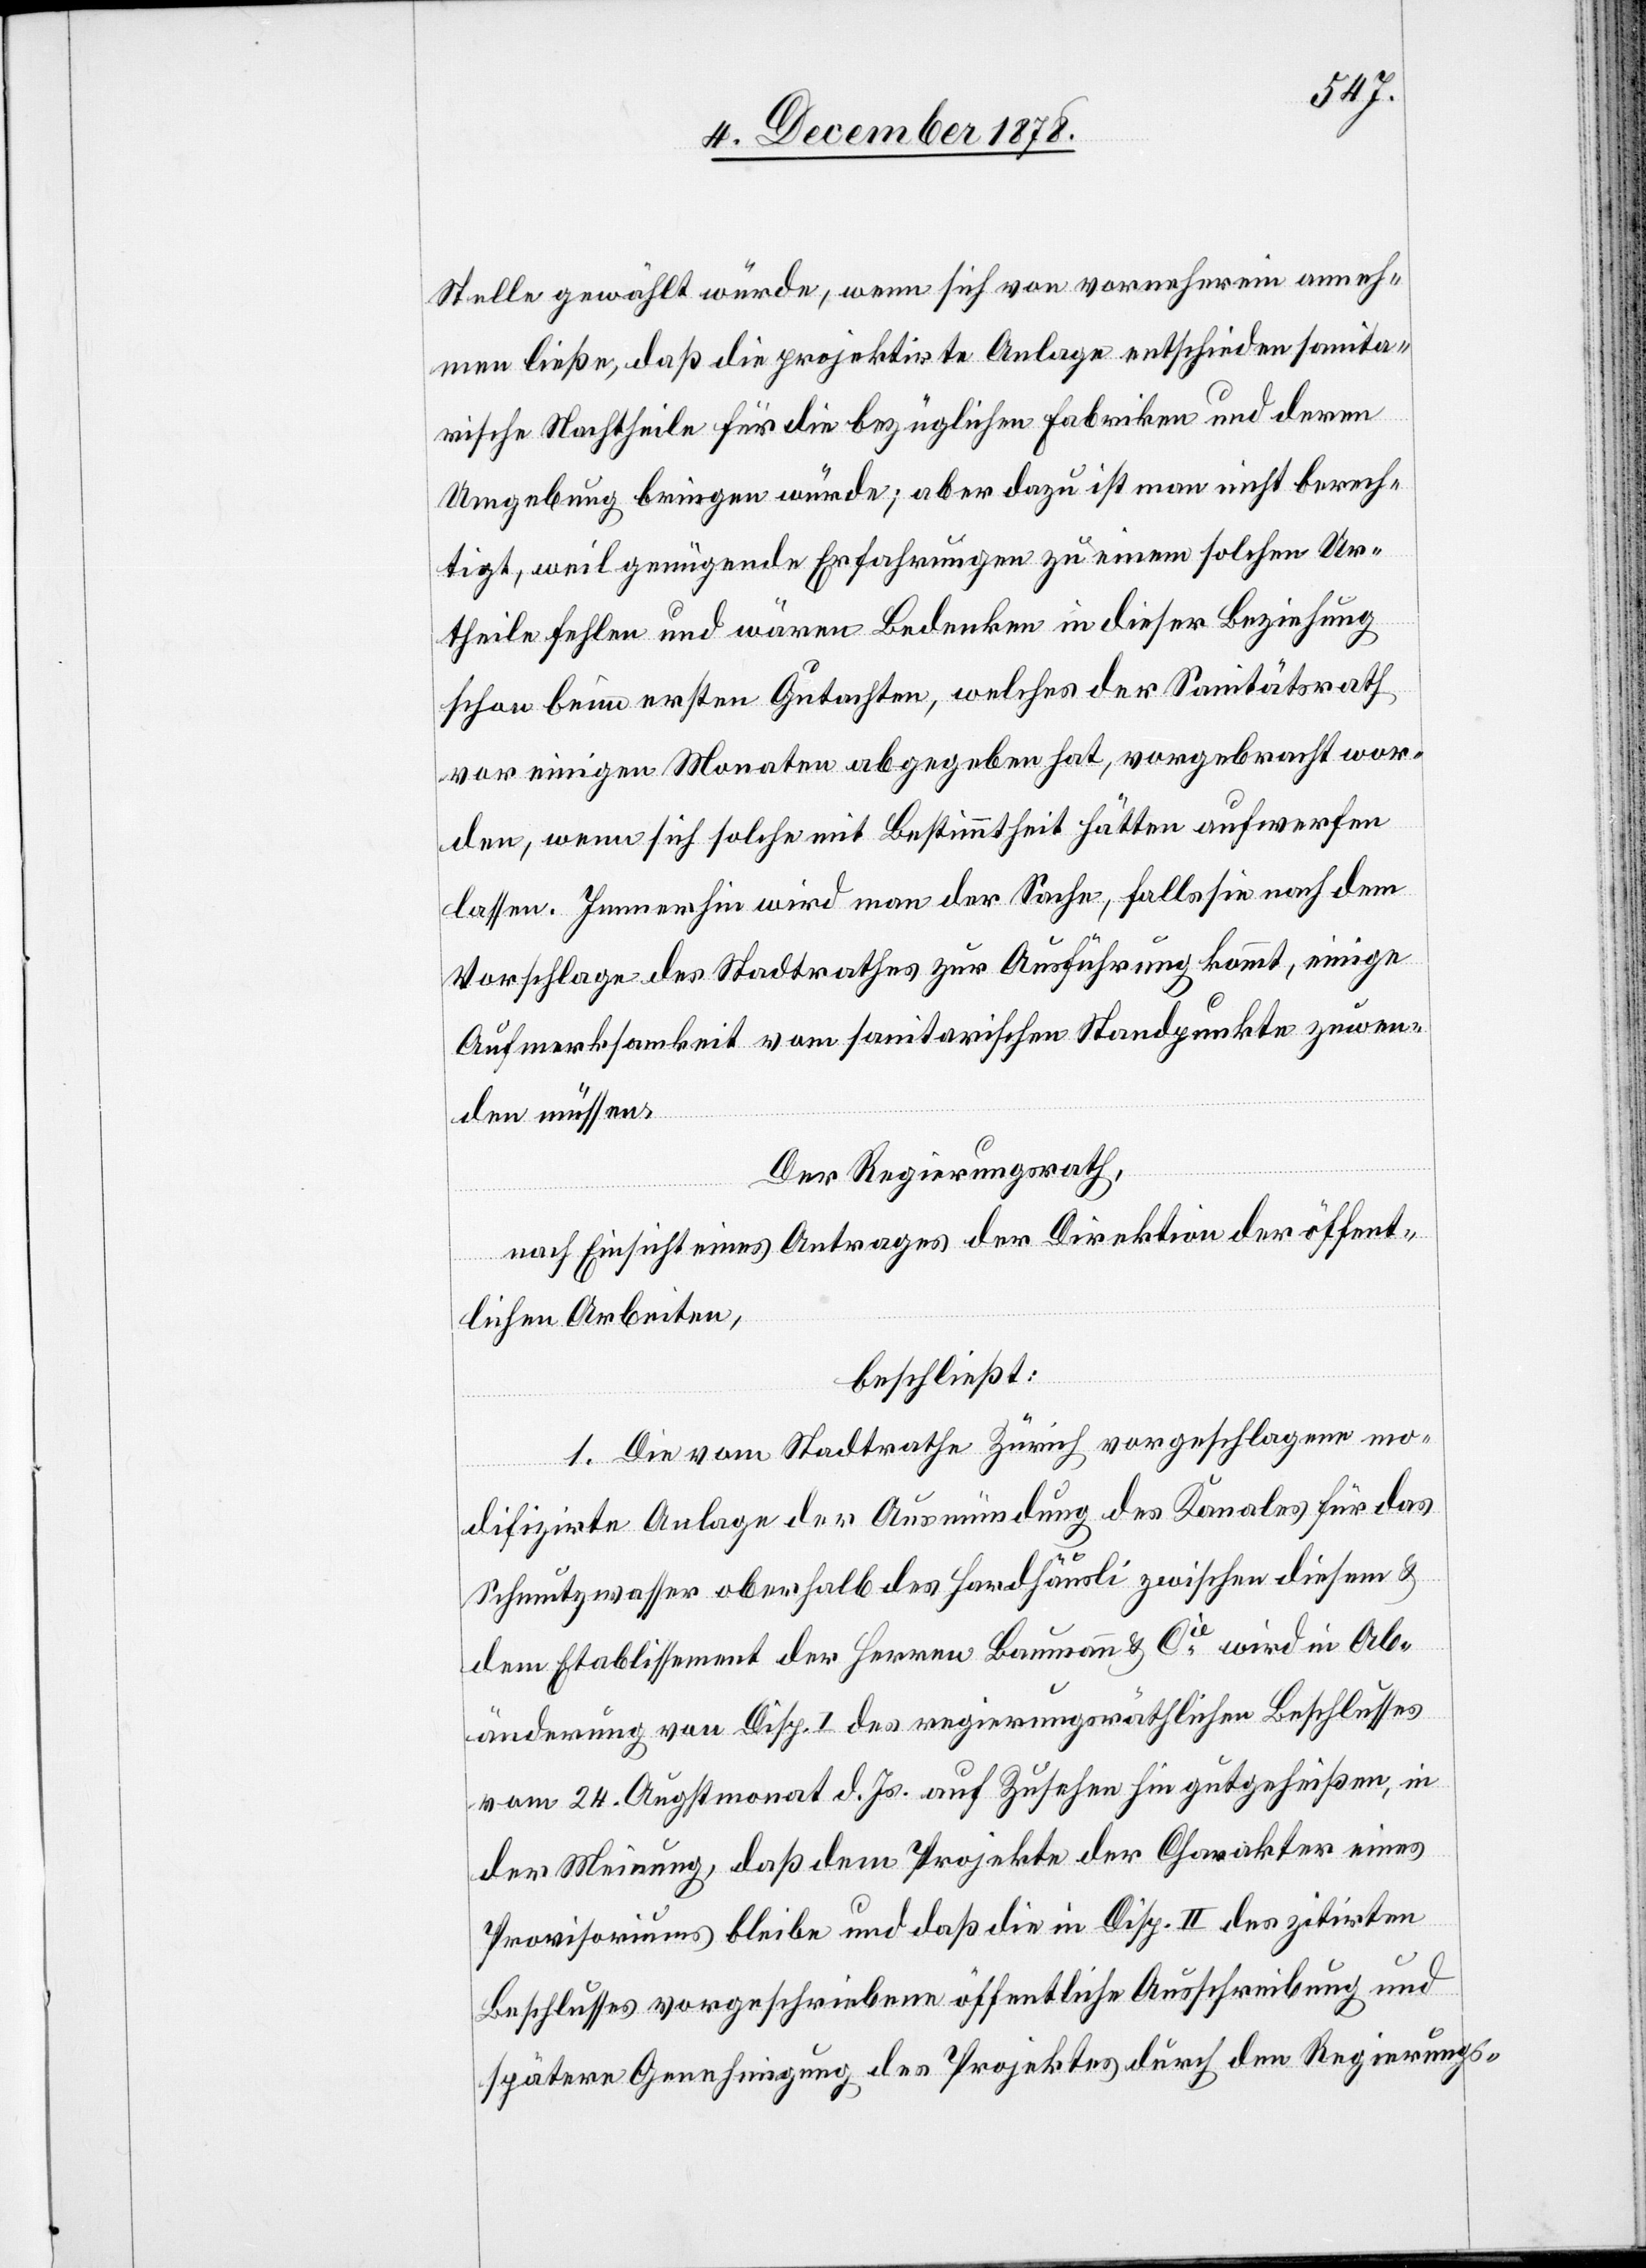
Stelle gewählt würde, wenn sich von vornherein anneh¬
men ließe, daß die projektirte Anlage entschieden sanita¬
rische Nachtheile für die bezüglichen Fabriken und deren
Umgebung bringen würde; aber dazu ist man nicht berech¬
tigt, weil genügende Erfahrungen zu einem solchen Ur¬
theile fehlen und wären Bedenken in dieser Beziehung
schon beim ersten Gutachten, welches der Sanitätsrath
vor einigen Monaten abgegeben hat, vorgebracht wor¬
den, wenn sich solche mit Bestimmtheit hätten aufwerfen
lassen. Immerhin wird man der Sache, falls sie nach dem
Vorschlage des Stadtrathes zur Ausführung kommt, einige
Aufmerksamkeit vom sanitarischen Standpunkte zuwen¬
den müssen.
Der Regierungsrath,
nach Einsicht eines Antrages der Direktion der öffent¬
lichen Arbeiten,
beschließt:
1. Die vom Stadtrathe Zürich vorgeschlagene mo¬
difizirte Anlage der Ausmündung des Kanales für das
Schmutzwaser oberhalb des Hardhäusli zwischen diesem &
dem Etablissement der Herren Baumann & Cie wird in Ab¬
änderung von Disp. I des regierungsräthlichen Beschlusses
vom 24. Augstmonat d. Js. auf Zusehen hin gutgeheißen, in
der Meinung, daß dem Projekte der Charakter eines
Provisoriums bleibe und das die in Disp. II des zitirten
Beschlusses vorgeschriebene öffentliche Ausschreibung und
spätere Genehmigung des Projektes durch den Regierungs-